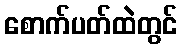
စောက်ပတ်ထဲတွင်